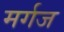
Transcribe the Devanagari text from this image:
मर्गज